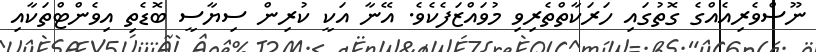
ނޫސްވެރިއެއްގެ ގޮތުގައި ހަރަކާތްތެރިވި މުވައްޒަފެކެވެ. އޭނާ އަކީ ކުރިން ސިޔާސީ ބޮޑެތި އިވެންޓްތަކާއި